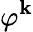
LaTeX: \varphi^{\mathbf{k}}